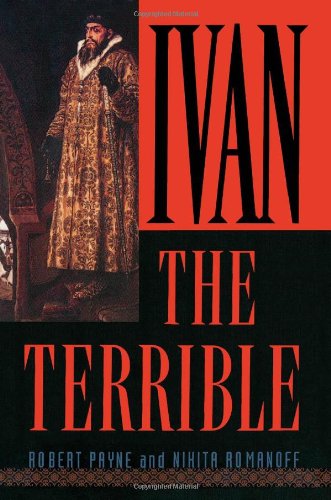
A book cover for Ivan the Terrible; Robert Payne; Biographies & Memoirs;